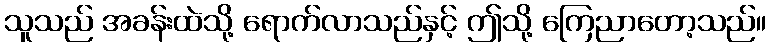
သူသည် အခန်းထဲသို့ ရောက်လာသည်နှင့် ဤသို့ ကြေညာတော့သည်။